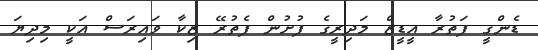
ޑެންގީ ފަތުރާ އީޑީޒް މަދިރީގެ ފުށުން ފެތުރޭ ޒިކާ ވައިރަސް އަކީ މިދިޔަ